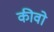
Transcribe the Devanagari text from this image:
कीवो